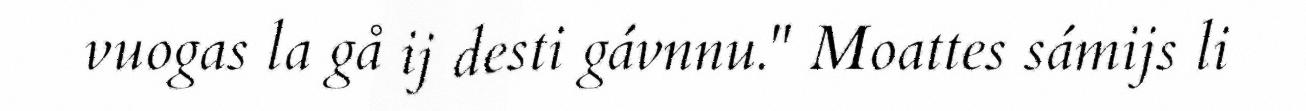
vuogas la gå ij desti gávnnu." Moattes sámijs li